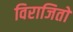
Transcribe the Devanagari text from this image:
विराजितो